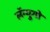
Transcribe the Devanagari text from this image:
लॅन्युगो